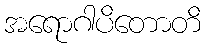
အရောဂါပိတောတိ